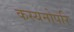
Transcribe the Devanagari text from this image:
कस्यनोपरि